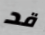
قد